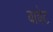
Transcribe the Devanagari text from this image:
बाबेट